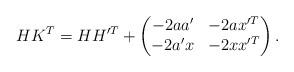
LaTeX: \begin{align*}H K^T=HH'^T+\begin{pmatrix}-2a a'&-2ax'^T\\-2a'x&-2xx'^T \end{pmatrix}.\end{align*}